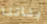
بناتنا